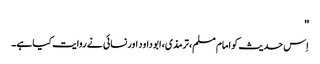
''
اِس حدیث کو امام مسلم، ترمذی، ابو داود اور نسائی نے روایت کیا ہے۔